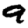
Digit: 9